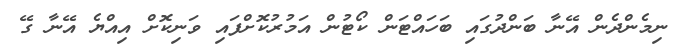
ނިމެންދެން އޭނާ ބަންދުގައި ބަހައްޓަން ކޯޓުން އަމުރުކޮށްފައި ވަނިކޮށް އިއްޔެ އޭނާ ގޭ